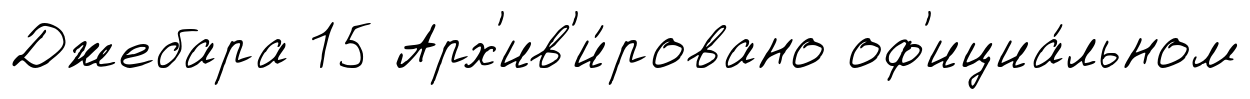
Джебара 15 Арх'ив'и́ровано оф'ициа́льном